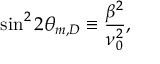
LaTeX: \sin ^ { 2 } 2 \theta _ { m , D } \equiv \frac { \beta ^ { 2 } } { \nu _ { 0 } ^ { 2 } } ,